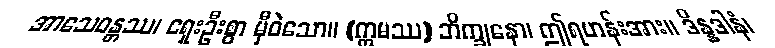
အာသေဝန္တဿ၊ ရှေးဦးစွာ မှီဝဲသော။ (ဣမဿ) ဘိက္ခုနော၊ ဤရဟန်းအား။ ဒိန္နဒါနံ၊